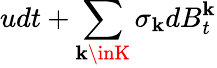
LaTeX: udt+\sum_{\mathbf{k}\inK}\sigma_{\mathbf{k}}dB_{t}^{\mathbf{k}}